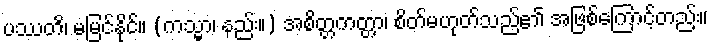
ပဿတိ၊ မမြင်နိုင်။ (ကသ္မာ၊ နည်း။) အစိတ္တကတ္တာ၊ စိတ်မဟုတ်သည်၏ အဖြစ်ကြောင့်တည်း။